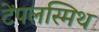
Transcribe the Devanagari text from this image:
टेंपलस्मिथ